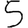
Digit: 5